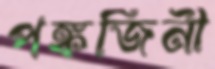
পঙ্কজিনী